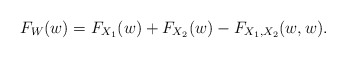
\begin{align*}F_{W}(w)=F_{X_{1}}(w)+F_{X_{2}}(w)-F_{X_{1},X_{2}}(w,w). \end{align*}